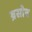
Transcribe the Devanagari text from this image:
ब्रसोव